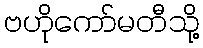
ဗဟိုကော်မတီသို့